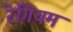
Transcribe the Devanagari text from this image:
रेगियम